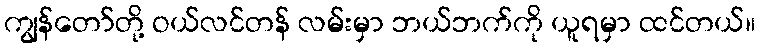
ကျွန်တော်တို့ ဝယ်လင်တန် လမ်းမှာ ဘယ်ဘက်ကို ယူရမှာ ထင်တယ်။